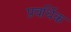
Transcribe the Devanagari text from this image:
प्रवर्धिक